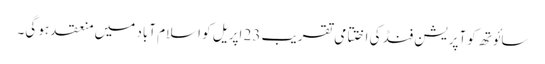
سائوتھ کوآپریشن فنڈ کی اختتامی تقریب 23 اپریل کو اسلام آباد میں منعقد ہو گی۔